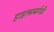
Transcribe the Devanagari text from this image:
हाइल्सबर्गची